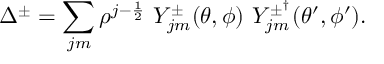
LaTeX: \Delta ^ { \pm } = \sum _ { j m } \rho ^ { j - \frac { 1 } { 2 } } \ Y _ { j m } ^ { \pm } ( \theta , \phi ) \ Y _ { j m } ^ { \pm ^ { \dagger } } ( \theta ^ { \prime } , \phi ^ { \prime } ) .